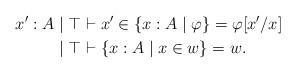
LaTeX: \begin{align*}x' : A & \mid \top \vdash x' \in \{x : A \mid \varphi\} = \varphi[x'/x] \\& \mid \top \vdash \{x : A \mid x \in w\} = w.\end{align*}